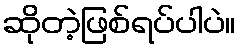
ဆိုတဲ့ဖြစ်ရပ်ပါပဲ။